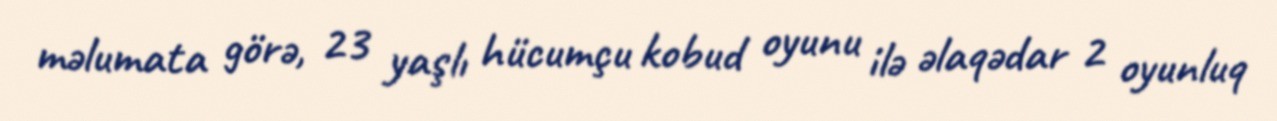
məlumata görə, 23 yaşlı hücumçu kobud oyunu ilə əlaqədar 2 oyunluq